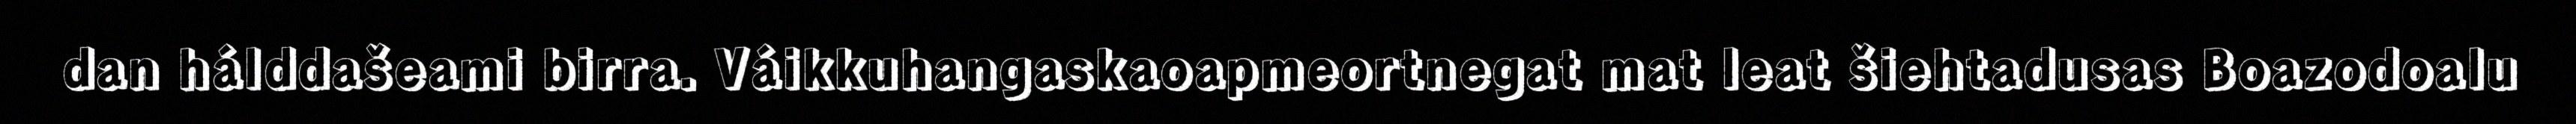
dan hálddašeami birra. Váikkuhangaskaoapmeortnegat mat leat šiehtadusas Boazodoalu